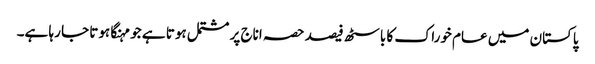
پاکستان میں عام خوراک کا باسٹھ فیصد حصہ اناج پر مشتمل ہوتا ہے جو مہنگا ہوتا جا رہا ہے۔